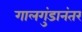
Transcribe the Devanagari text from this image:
गालगुंडानंतर